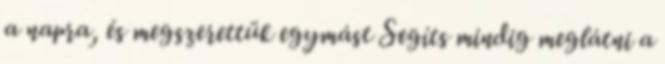
a napra, és megszerettük egymást Segíts mindig meglátni a